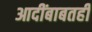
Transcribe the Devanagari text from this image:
आदींबाबतही